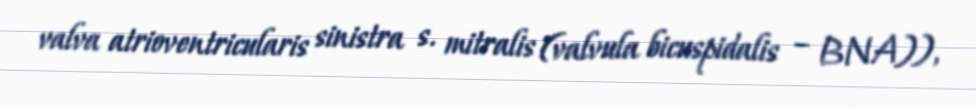
valva atrioventricularis sinistra s. mitralis (valvula bicuspidalis – BNA)),